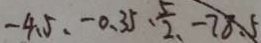
- 4 . 5 , - 0 . 3 5 、 \frac { 5 } { 2 } 、 - 7 8 . 5